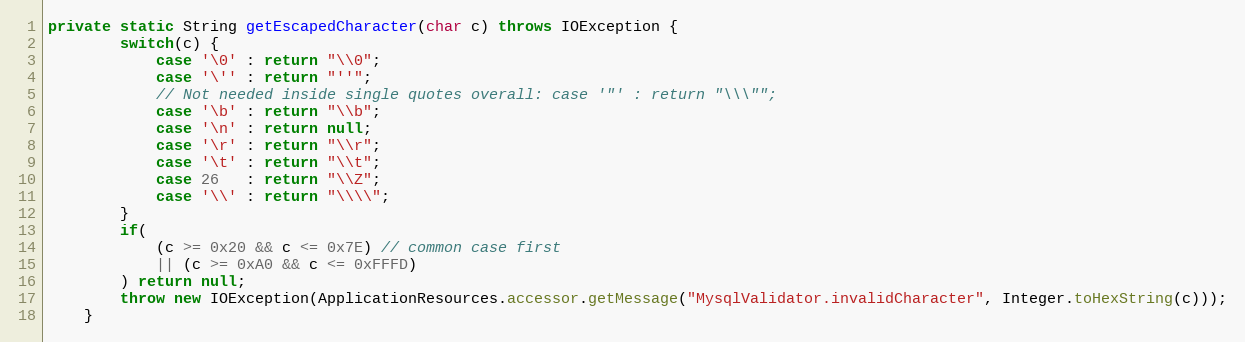
Language: Java
private static String getEscapedCharacter(char c) throws IOException {
		switch(c) {
			case '\0' : return "\\0";
			case '\'' : return "''";
			// Not needed inside single quotes overall: case '"' : return "\\\"";
			case '\b' : return "\\b";
			case '\n' : return null;
			case '\r' : return "\\r";
			case '\t' : return "\\t";
			case 26   : return "\\Z";
			case '\\' : return "\\\\";
		}
		if(
			(c >= 0x20 && c <= 0x7E) // common case first
			|| (c >= 0xA0 && c <= 0xFFFD)
		) return null;
		throw new IOException(ApplicationResources.accessor.getMessage("MysqlValidator.invalidCharacter", Integer.toHexString(c)));
	}